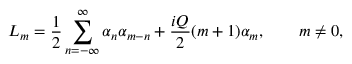
L _ { m } = \frac { 1 } { 2 } \sum _ { n = - \infty } ^ { \infty } \alpha _ { n } \alpha _ { m - n } + \frac { i Q } { 2 } ( m + 1 ) \alpha _ { m } , \qquad m \neq 0 ,